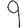
Digit: 9